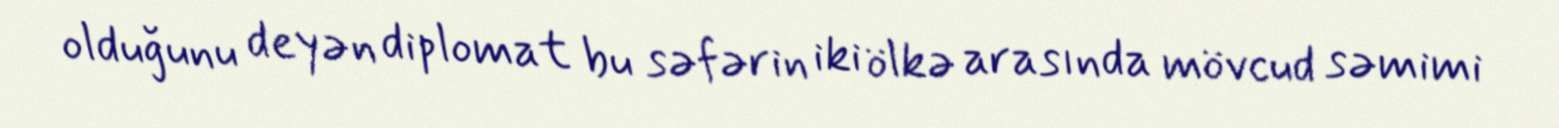
olduğunu deyən diplomat bu səfərin iki ölkə arasında mövcud səmimi